Report on plague in the Punjab from October 1st ... to September 30th ..., being the ... season of plague in the province
Disease focus: Plague
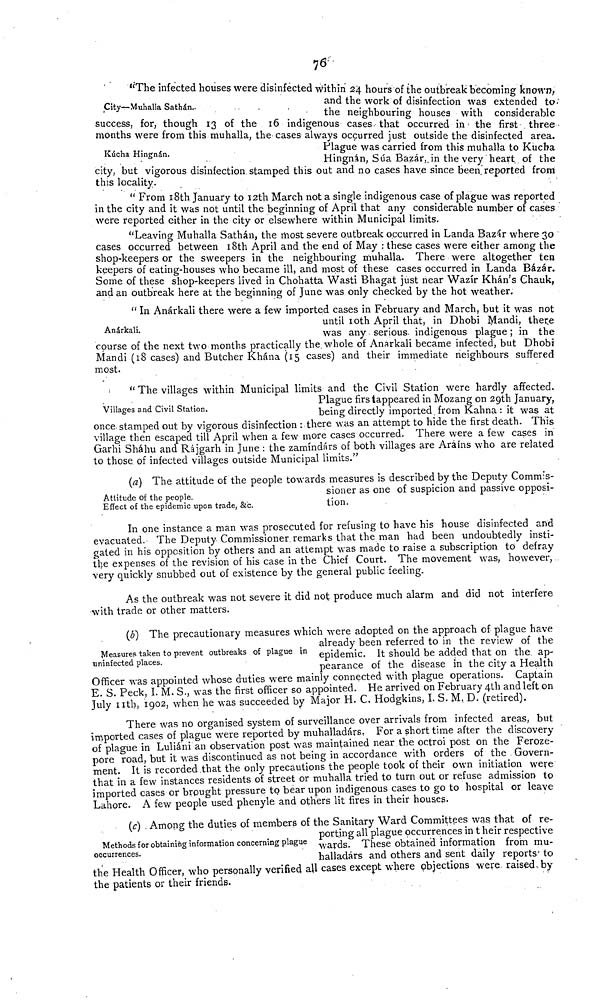
76
City—Muhalla Sathàn.
"The infected houses were disinfected within 24 hours of the outbreak becoming known,
and the work of disinfection was extended to
neighbouring houses with considerable
success, for, though 13 of the 16 indigenous cases, that occurred in the first three,
months were from this muhalla, the cases always occurred just outside the disinfected area.
Kúcha Hingnán.
Plague was carried from this muhalla to Kucha
Hingnán, Súa Bazár,, in the very heart of the
city, but vigorous disinfection stamped this out and no cases have since been reported from
this locality.
" From 18th January to 12th March not a single indigenous case of plague was reported
in the city and it was not until the beginning of April that any considerable number of cases
were reported either in the city or elsewhere within Municipal limits.
"Leaving Muhalla Sathán, the most severe outbreak occurred in Landa Bazár where 30
cases occurred between 18th April and the end of May : these cases were either among the
shop-keepers or the sweepers in the neighbouring muhalla. There were altogether ten
keepers of eating-houses who became ill, and most of these cases occurred in Landa Bázár.
Some of these shop-keepers lived in Chohatta Wasti Bhagat just near Wazír Khán's Chauk,
and an outbreak here at the beginning of June was only checked by the hot weather.
Anárkali.
" In Anárkali there were a few imported cases in February and March, but it was not
until 10th April that, in Dhobi Mandi, there
was any serious, indigenous plague; in the
course of the next two months practically the whole of Anarkali became infected, but Dhobi
Mandi (18 cases) and Butcher Khána (15 cases) and their immediate neighbours suffered
most.
Villages and Civil Station.
" The villages within Municipal limits and the Civil Station were hardly affected.
Plague firs tappeared in Mozang on 29th January,
being directly imported from Kahna: it was at
once stamped out by vigorous disinfection : there was an attempt to hide the first death. This
village then escaped till April when a few more cases occurred. There were a few cases in
Garhi Sháhu and Rájgarh in June : the zamíndárs of both villages are Arains who are related
to those of infected villages outside Municipal limits."
Attitude of the people.
Effect of the epidemic upon trade, &c.
(a) The attitude of the people towards measures is described by the Deputy Commis-
sioner as one of suspicion and passive opposi-
tion.
In one instance a man was prosecuted for refusing to have his house disinfected and
evacuated. The Deputy Commissioner remarks that the man had been undoubtedly insti-
gated in his opposition by others and an attempt was made to raise a subscription to defray
the expenses of the revision of his case in the Chief Court. The movement was, however,
very quickly snubbed out of existence by the general public feeling.
As the outbreak was not severe it did not produce much alarm and did not interfere
with trade or other matters.
Measures taken to prevent outbreaks of plague in
uninfected places.
(b) The precautionary measures which were adopted on the approach of plague have
already been referred to in the review of the
epidemic. It should be added that on the. ap-
pearance of the disease in the city a Health
Officer was appointed whose duties were mainly connected with plague operations. Captain
E. S. Peck, I. M. S., was the first officer so appointed. He arrived on February 4th and left on
July 11th, 1902, when he was succeeded by Major H. C. Hodgkins, I. S. M. D. (retired).
There was no organised system of surveillance over arrivals from infected areas, but
imported cases of plague were reported by muhalladárs. For a short time after the discovery
of plague in Luliáni an observation post was maintained near the octroi post on the Feroze-
pore road, but it was discontinued as not being in accordance with orders of the Govern-
ment. It is recorded that the only precautions the people took of their own initiation were
that in a few instances residents of street or muhalla tried to turn out or refuse admission to
imported cases or brought pressure to bear upon indigenous cases to go to hospital or leave
Lahore. A few people used phenyle and others lit fires in their houses.
Methods for obtaining information concerning plague
occurrences.
(c) Among the duties of members of the Sanitary Ward Committees was that of re-
porting all plague occurrences in t heir respective
wards. These obtained information from mu-
halladárs and others and sent daily reports' to
the Health Officer, who personally verified all cases except where objections were raised, by
the patients or their friends.